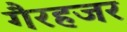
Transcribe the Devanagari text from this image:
गैरहजर